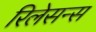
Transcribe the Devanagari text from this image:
रिलेसन्स